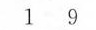
1 9